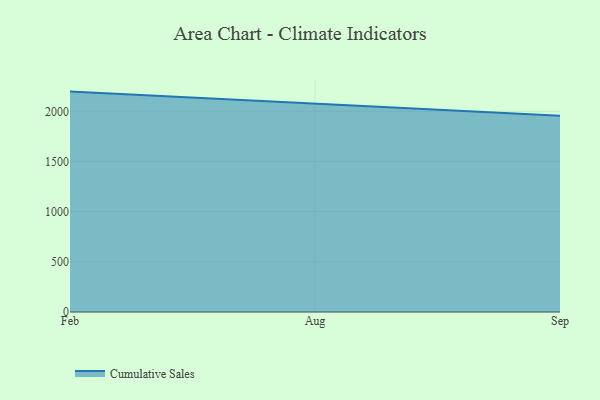
{"axis": {"x": "Month", "y": "Market Share (%)"}, "legend": ["Cumulative Sales"], "data": [{"x": "Feb", "y": 2196.7, "type": "Cumulative Sales"}, {"x": "Aug", "y": 2077.9, "type": "Cumulative Sales"}, {"x": "Sep", "y": 1956.7, "type": "Cumulative Sales"}]}